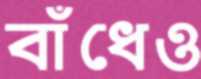
বাঁধেও